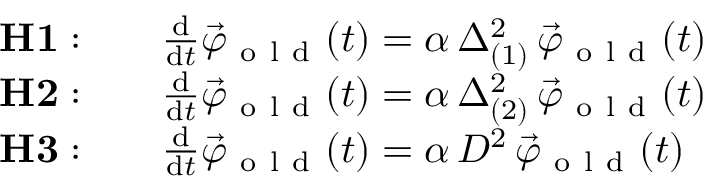
\begin{array} { r l } { { \bf H 1 : } } & { { } \quad \frac { \mathrm { d } } { \mathrm { d } t } \vec { \varphi } _ { \mathrm { ~ o ~ l ~ d ~ } } ( t ) = \alpha \, \Delta _ { ( 1 ) } ^ { 2 } \, \vec { \varphi } _ { \mathrm { ~ o ~ l ~ d ~ } } ( t ) } \\ { { \bf H 2 : } } & { { } \quad \frac { \mathrm { d } } { \mathrm { d } t } \vec { \varphi } _ { \mathrm { ~ o ~ l ~ d ~ } } ( t ) = \alpha \, \Delta _ { ( 2 ) } ^ { 2 } \, \vec { \varphi } _ { \mathrm { ~ o ~ l ~ d ~ } } ( t ) } \\ { { \bf H 3 : } } & { { } \quad \frac { \mathrm { d } } { \mathrm { d } t } \vec { \varphi } _ { \mathrm { ~ o ~ l ~ d ~ } } ( t ) = \alpha \, D ^ { 2 } \, \vec { \varphi } _ { \mathrm { ~ o ~ l ~ d ~ } } ( t ) } \end{array}